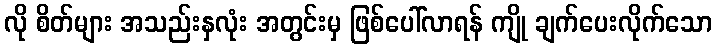
လို စိတ်များ အသည်းနှလုံး အတွင်းမှ ဖြစ်ပေါ်လာရန် ကျို ချက်ပေးလိုက်သော